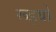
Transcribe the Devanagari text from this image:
रूइयो